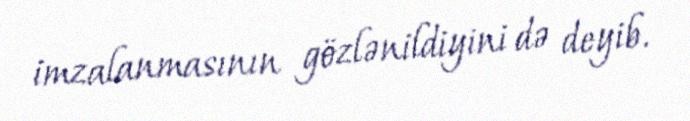
imzalanmasının gözlənildiyini də deyib.